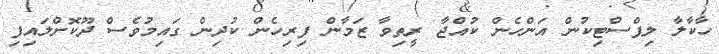
ހާކާލާ ލިޕްސްޓިކުން އަންހެން ކުއްޖާ ރީތިވާ ޒަމާން ފިރިހެން ކުދިން ގައިމުވެސް ދޫކޮށްލައިފި